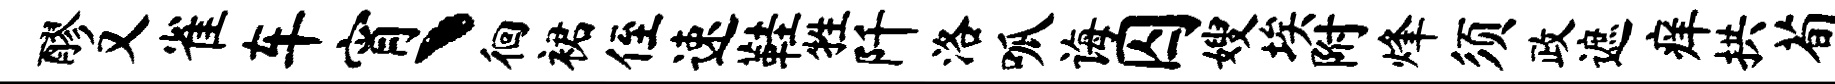
醪又雀车宵丶徊裙侄速鞋牲阡洛呱诲囚嫂埃附烽须政遮痒拱荀